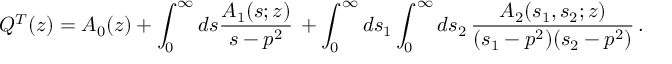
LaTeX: Q ^ { T } ( z ) = A _ { 0 } ( z ) + \int _ { 0 } ^ { \infty } d s \frac { A _ { 1 } ( s ; z ) } { s - p ^ { 2 } } \, + \int _ { 0 } ^ { \infty } d s _ { 1 } \int _ { 0 } ^ { \infty } d s _ { 2 } \, \frac { A _ { 2 } ( s _ { 1 } , s _ { 2 } ; z ) } { ( s _ { 1 } - p ^ { 2 } ) ( s _ { 2 } - p ^ { 2 } ) } \, .